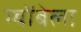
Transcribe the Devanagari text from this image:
म्बोंबेला